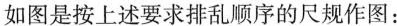
如图是按上述要求排乱顺序的尺规作图：